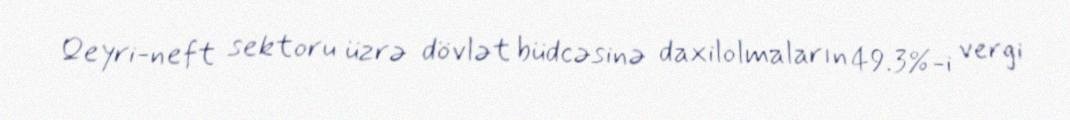
Qeyri-neft sektoru üzrə dövlət büdcəsinə daxilolmaların 49.3%-i vergi